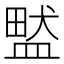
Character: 盢